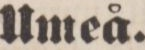
Umeå.